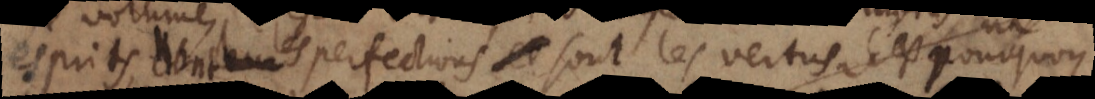
esprits, dont les perfections sont les vertus. C’est pourquoy